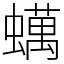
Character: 蠇